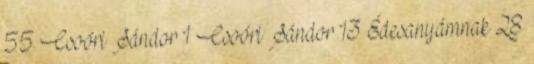
55 Csoóri Sándor 1 Csoóri Sándor 13 Édesanyámnak 28